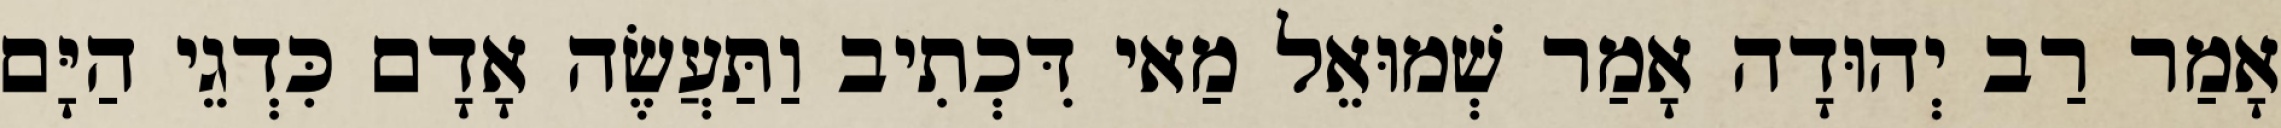
אָמַר רַב יְהוּדָה אָמַר שְׁמוּאֵל מַאי דִּכְתִיב וַתַּעֲשֶׂה אָדָם כִּדְגֵי הַיָּם